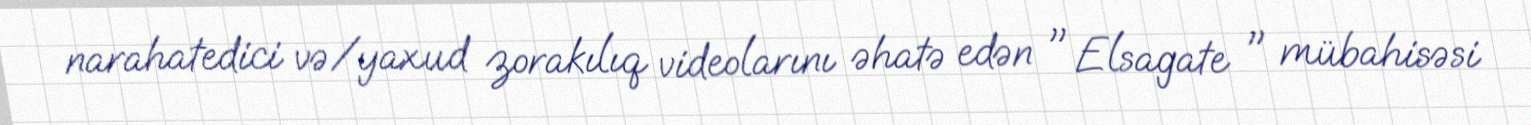
narahatedici və/yaxud zorakılıq videolarını əhatə edən " Elsagate " mübahisəsi